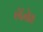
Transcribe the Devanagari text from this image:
लेंवे।